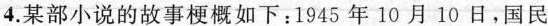
4.某部小说的故事梗概如下：1945年10月10日，国民